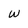
Character: W